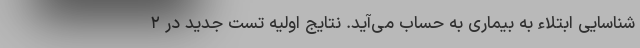
شناسایی ابتلاء به بیماری به حساب می‌آید. نتایج اولیه تست جدید در ۲